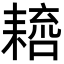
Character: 𦔑